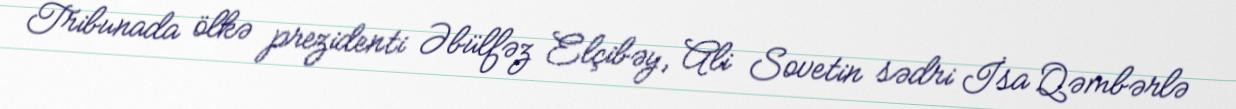
Tribunada ölkə prezidenti Əbülfəz Elçibəy, Ali Sovetin sədri İsa Qəmbərlə